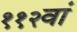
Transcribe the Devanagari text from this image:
११२वां